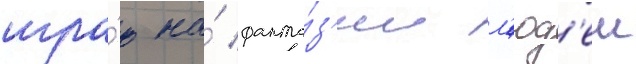
игра́ю на́ фанта́з'ии л'юд'еи